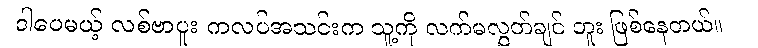
ဒါပေမယ့် လစ်ဗာပူး ကလပ်အသင်းက သူ့ကို လက်မလွှတ်ချင် ဘူး ဖြစ်နေတယ်။